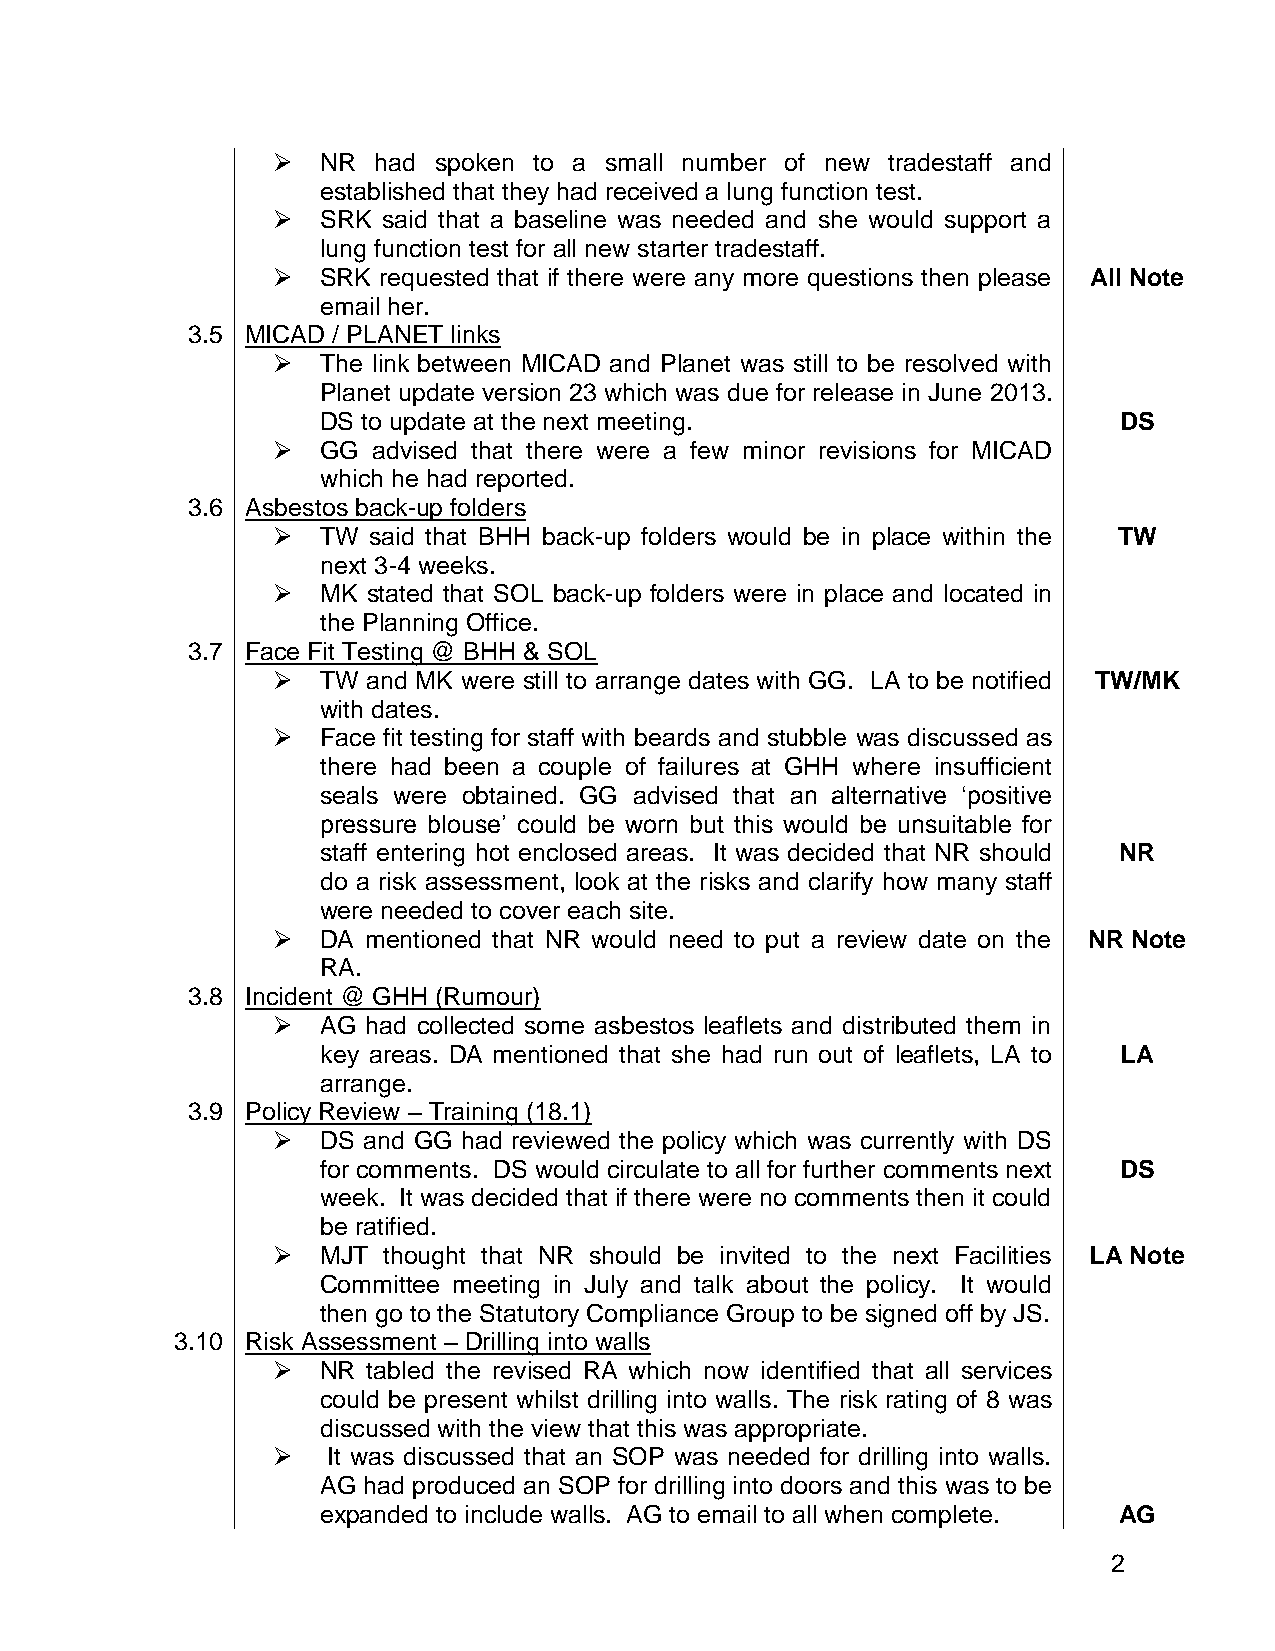
  NR  had spoken to a small number of new tradestaff and
 established that they had received a lung function test.
   SRK said that a baseline was needed and she would support a
 lung function test for all new starter tradestaff.
   SRK requested that if there were any more questions then please All Note
 email her.
 3.5 MICAD / PLANET links
   The link between MICAD and Planet was still to be resolved with
 Planet update version 23 which was due for release in June 2013.
 DS to update at the next meeting.                    DS
   GG  advised that there were a few minor revisions for MICAD
 which he had reported.
 3.6 Asbestos back-up folders
   TW said that BHH back-up folders would be in place within the TW
 next 3-4 weeks.
   MK stated that SOL back-up folders were in place and located in
 the Planning Office.
 3.7 Face Fit Testing @ BHH & SOL
   TW and MK were still to arrange dates with GG. LA to be notified TW/MK
 with dates.
   Face fit testing for staff with beards and stubble was discussed as
 there had been a couple of failures at GHH where insufficient
 seals were obtained. GG advised that an alternative ‘positive
 pressure blouse’ could be worn but this would be unsuitable for
 staff entering hot enclosed areas. It was decided that NR should NR
 do a risk assessment, look at the risks and clarify how many staff
 were needed to cover each site.
   DA mentioned that NR would need to put a review date on the NR Note
 RA.
 3.8 Incident @ GHH (Rumour)
   AG had collected some asbestos leaflets and distributed them in
 key areas. DA mentioned that she had run out of leaflets, LA to LA
 arrange.
 3.9 Policy Review – Training (18.1)
   DS and GG had reviewed the policy which was currently with DS
 for comments. DS would circulate to all for further comments next DS
 week. It was decided that if there were no comments then it could
 be ratified.
   MJT thought that NR should be invited to the next Facilities LA Note
 Committee meeting in July and talk about the policy. It would
 then go to the Statutory Compliance Group to be signed off by JS.
 3.10 Risk Assessment – Drilling into walls
   NR tabled the revised RA which now identified that all services
 could be present whilst drilling into walls. The risk rating of 8 was
 discussed with the view that this was appropriate.
    It was discussed that an SOP was needed for drilling into walls.
 AG had produced an SOP for drilling into doors and this was to be
 expanded to include walls. AG to email to all when complete. AG
 2